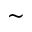
\sim